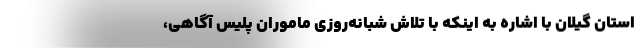
استان گیلان با اشاره به اینکه با تلاش شبانه‌روزی ماموران پلیس آگاهی،